Document type: Sale
Year: 1226
Scribe: Ramon d'Om
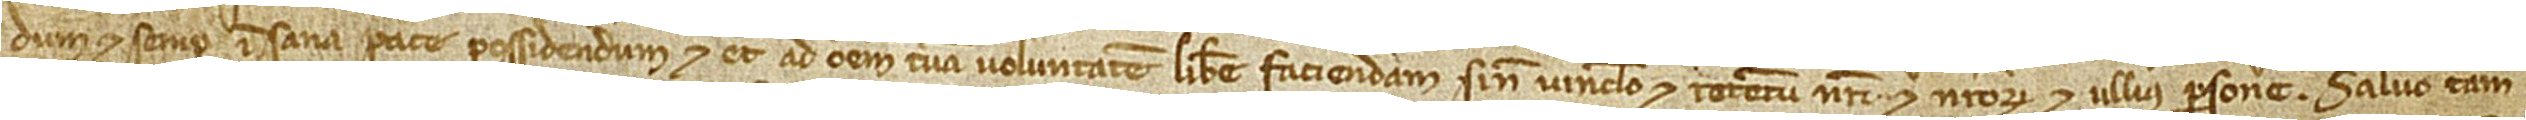
dum et semper in sane pace possidendum et etiam ad omnem tuam voluntatem libere faciendam, sine vinculo et retentu nostri et nostrorum et ullius persone. Salvo tamen